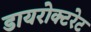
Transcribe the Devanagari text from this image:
डायरोक्टरेट